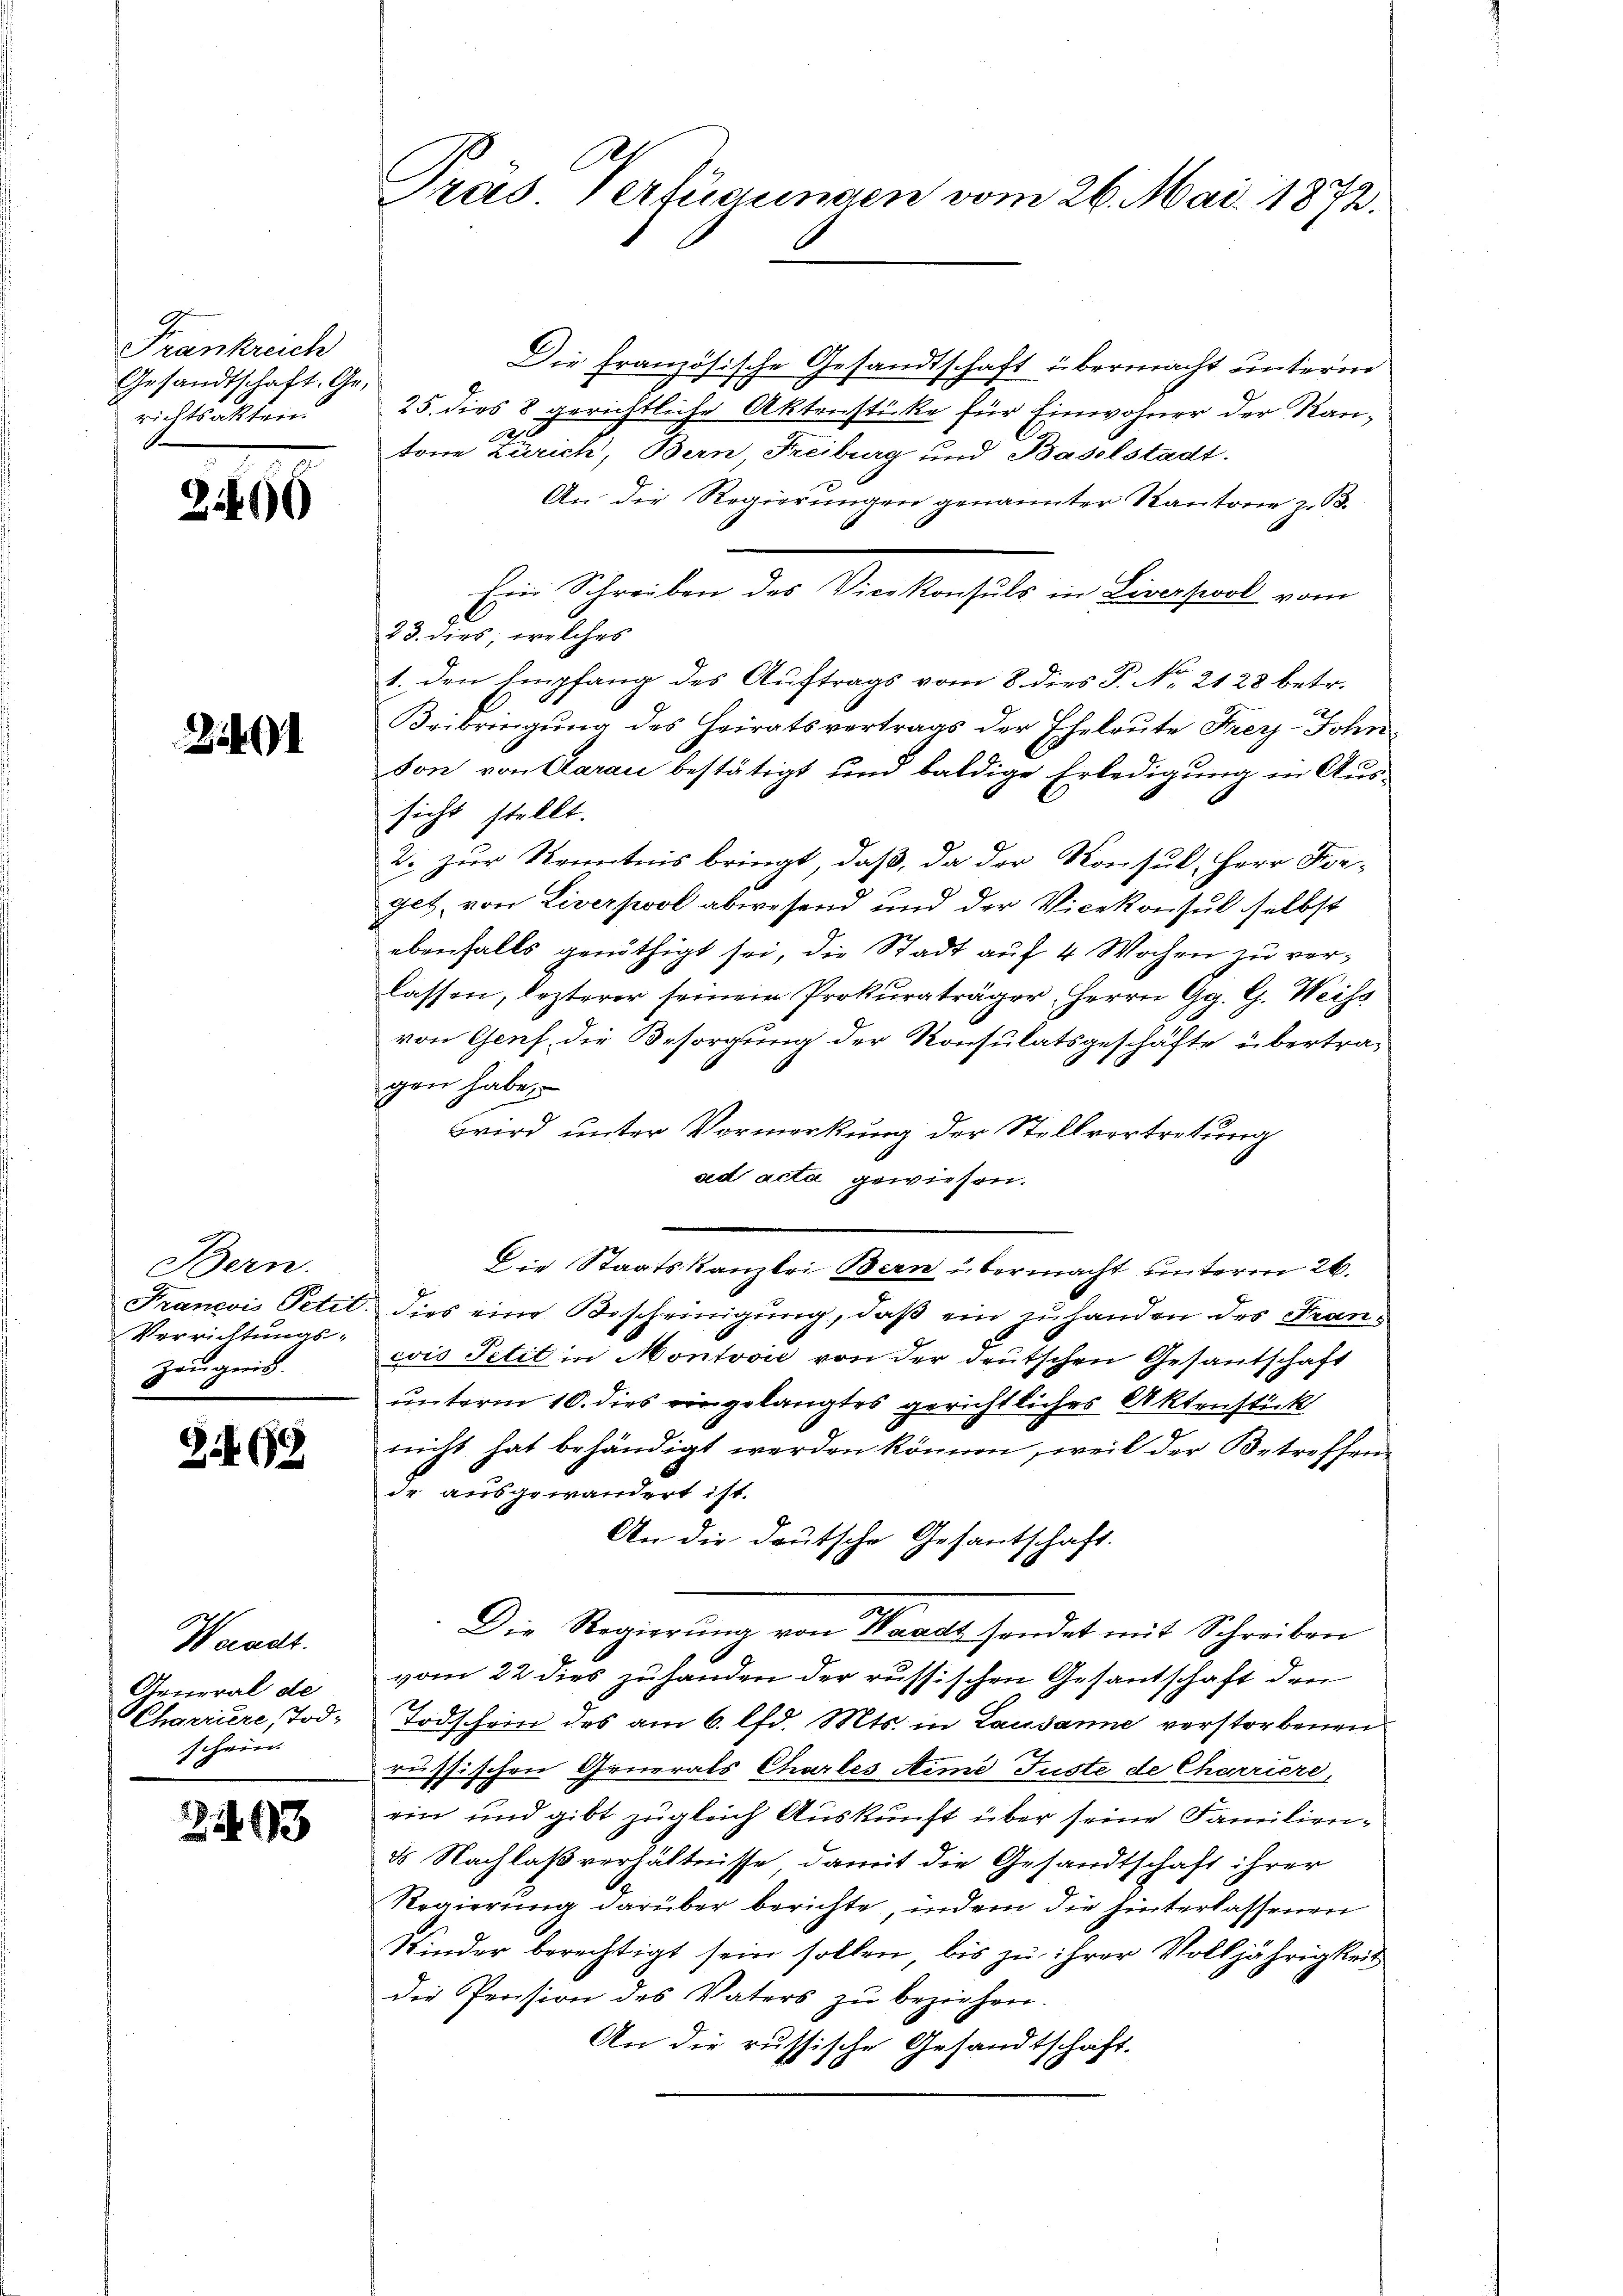
Frankreich
Gesandtschaft. Ge-
richtsakten.

2

Bern.
Verrichtungs-
Zeugnis.

8.499.

Waadt.
General de
schein.

2493

Die französische Gesandtschaft übermacht unterm
25. dies 8 gerichtliche Aktenstücke für Einwohner der Kan¬
2
ton Zürich, Bern, Freiburg und Baselstadt.
An die Regierungen genannter Kantone z. B.
23. dies, welches
1. den Empfang des Auftrags vom 8. dies P. No. 2128 betr.
Beibringung des Heiratsvertrags der Eheleute Frey-John
son von Aarau bestätigt und baldige Erledigung in Aus-
sicht stellt.
2. zur Kenntnis bringt, daß, da der Konsul, Herr For-
get, von Liverpool abwesend und der Vicekonsul selbst
ebenfalls genöthigt sei, die Stadt auf 4 Wochen zu verlassen, lezterer seinem Prokuraträger, Herrn Gg. G. Weiss
von Genf die Besorgung der Konsulatsgeschäfte übertragen habe,
wird unter Vormerkung der Stellvertretung
sed acta gewiesen.
Die Staatskanzlei Bern übermacht unterm 26.
Francoi Petit. Dies eine Bescheinigung, daß ein zuhanden des Frans
wis Petit in Montović von der deutschen Gesantschaft
unterm 10. dies eingelangtes gerichtliches Aktenstück
nicht hat behändigt werden können, weil der Betreffen
de ausgewandert ist.
An die deutsche Gesantschaft.
Die Regierung von Waadt sendet mit Schreiben
vom 22 dies zuhanden der russischen Gesantschaft den
Charriere, Tod. Todschein des am 6. lfd. Mts. in Lausanne verstorbenen
russischen Generals Chartes Aime Juste de Charriere,
ein und gibt zugleich Auskunft über seine Familiend Nachlaßverhältnisse, damit die Gesandtschaft ihrer
Regierung darüber berichte, indem die hinterlassenen
Kinder berechtigt sein sollen, bis zu ihrer Volljährigkeit
die Pension des Vaters zu beziehen.
An die russische Gesandtschaft.

Pras. Verfügungen vom 26. Mai 1872.

Ein Schreiben des Vicekonsuls in Liverpool vom